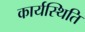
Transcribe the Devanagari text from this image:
कार्यस्थिति